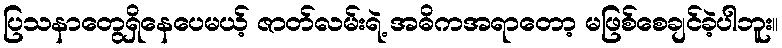
ပြသနာတွေရှိနေပေမယ့် ဇာတ်လမ်းရဲ့ အဓိကအရာတော့ မဖြစ်စေချင်ခဲ့ပါဘူး။